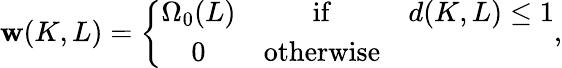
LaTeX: \mathbf{w}(K,L)=\left\{ \begin{array}{ccc}{{\Omega_{0}(L)}}&{{\mathrm{if}}}&{{d(K,L)\leq 1}}\\ {{0}}&{{\mathrm{otherwise}}}&{{}}\end{array}\right.,